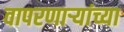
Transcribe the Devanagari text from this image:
वापरणाऱ्यांच्या